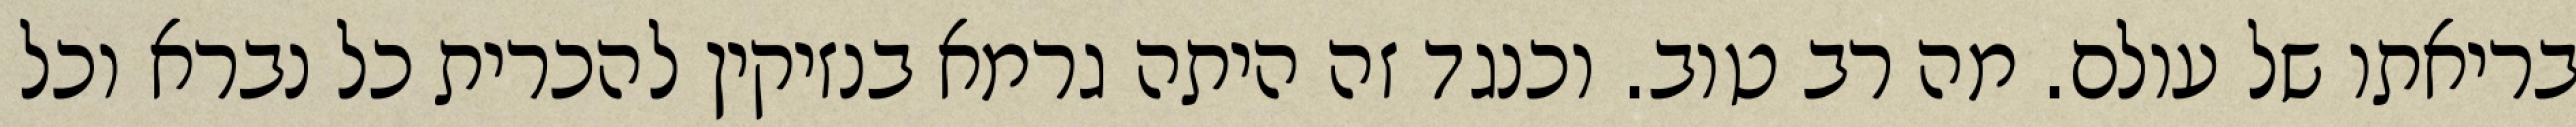
בריאתו של עולם. מה רב טוב. וכנגד זה היתה גרמא בנזיקין להכרית כל נברא וכל